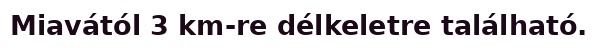
Miavától 3 km-re délkeletre található.